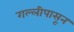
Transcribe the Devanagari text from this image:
गल्लीपासून